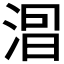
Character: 𣷤